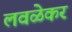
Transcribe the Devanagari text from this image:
लवळेकर